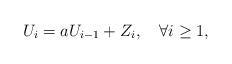
LaTeX: \begin{align*}U_i = a U_{i-1} + Z_i, \quad\forall i\geq 1, \end{align*}